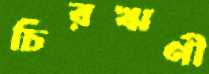
চিরঋণী